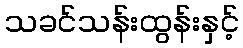
သခင်သန်းထွန်းနှင့်